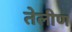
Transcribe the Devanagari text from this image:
तेलीण